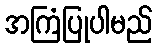
အကြံပြုပါမည်